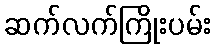
ဆက်လက်ကြိုးပမ်း